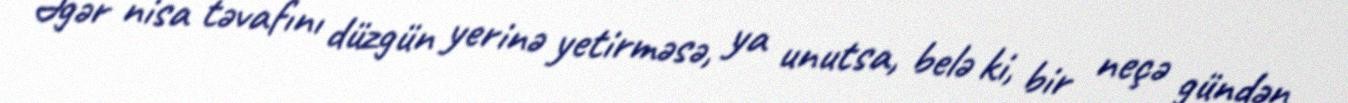
Əgər nisa təvafını düzgün yerinə yetirməsə, ya unutsa, belə ki, bir neçə gündən